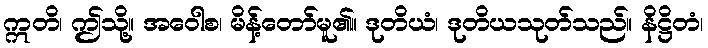
ဣတိ၊ ဤသို့။ အဝေါစ၊ မိန့်တော်မူ၏။ ဒုတိယံ၊ ဒုတိယသုတ်သည်။ နိဋ္ဌိတံ၊